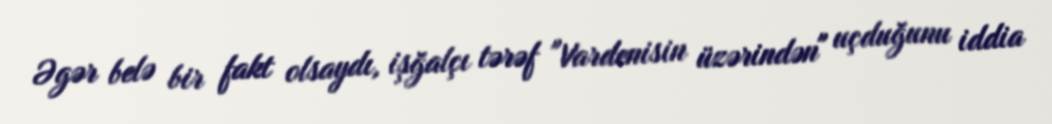
Əgər belə bir fakt olsaydı, işğalçı tərəf "Vardenisin üzərindən" uçduğunu iddia